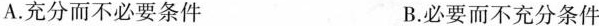
A.充分而不必要条件 B.必要而不充分条件